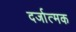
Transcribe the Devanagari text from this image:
दर्जात्मक